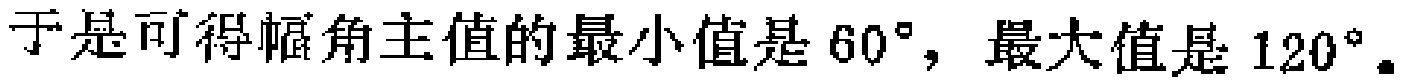
于是可得幅角主值的最小值是 \(60^{\circ}\)，最大值是 \(120^{\circ}\)。